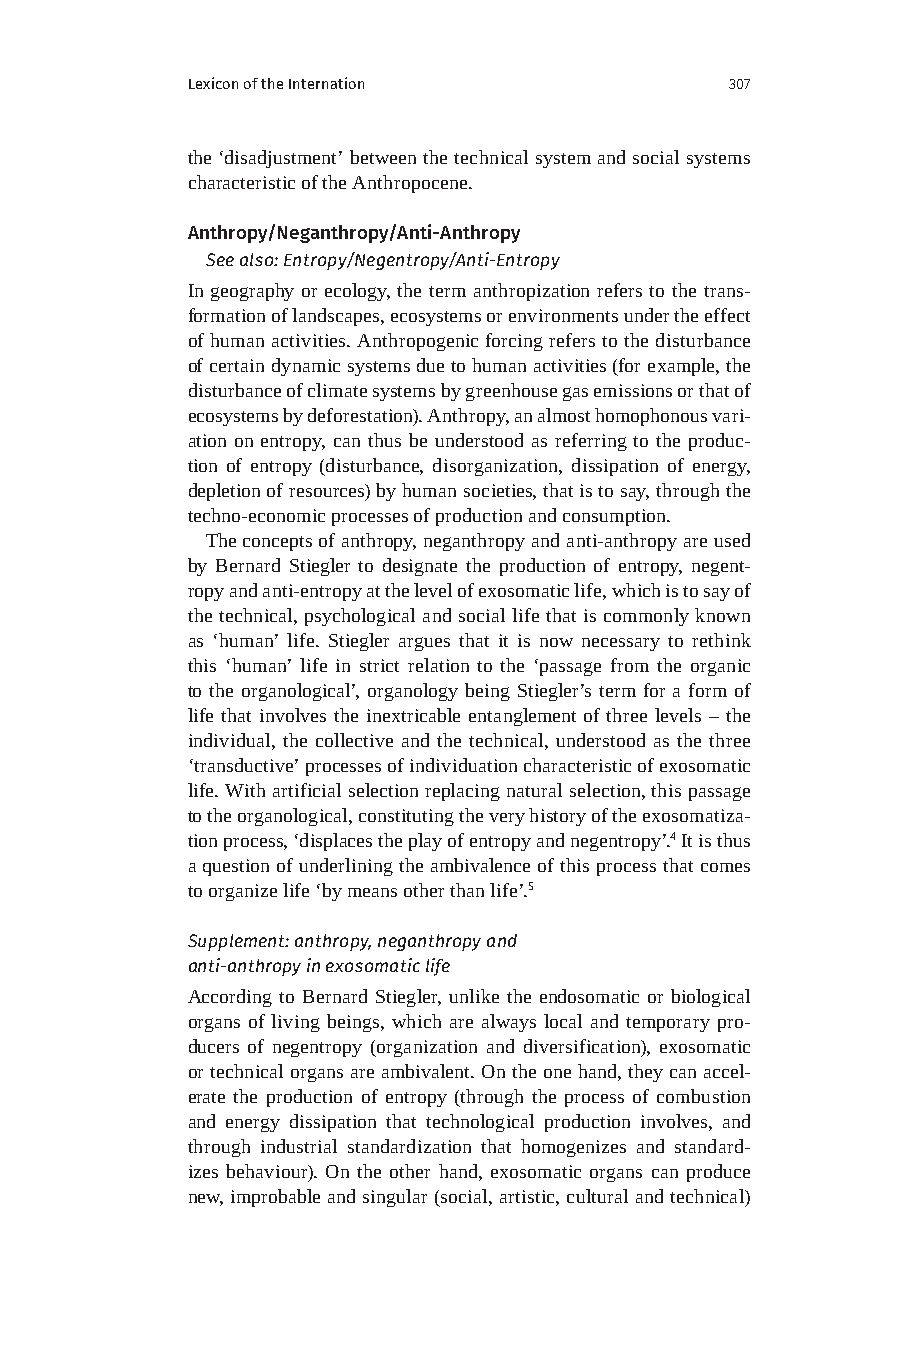
Lexicon of the Internation          307
 the ‘disadjustment’ between the technical system and social systems
 characteristic of the Anthropocene.
 Anthropy/Neganthropy/Anti-Anthropy
 See also: Entropy/Negentropy/Anti-Entropy
 In geography or ecology, the term anthropization refers to the trans-
 formation of landscapes, ecosystems or environments under the effect
 of human activities. Anthropogenic forcing refers to the disturbance
 of certain dynamic systems due to human activities (for example, the
 disturbance of climate systems by greenhouse gas emissions or that of
 ecosystems by deforestation). Anthropy, an almost homophonous vari-
 ation on entropy, can thus be understood as referring to the produc-
 tion of entropy (disturbance, disorganization, dissipation of energy,
 depletion of resources) by human societies, that is to say, through the
 techno-economic processes of production and consumption.
 The concepts of anthropy, neganthropy and anti-anthropy are used
 by Bernard Stiegler to designate the production of entropy, negent-
 ropy and anti-entropy at the level of exosomatic life, which is to say of
 the technical, psychological and social life that is commonly known
 as ‘human’ life. Stiegler argues that it is now necessary to rethink
 this ‘human’ life in strict relation to the ‘passage from the organic
 to the organological’, organology being Stiegler’s term for a form of
 life that involves the inextricable entanglement of three levels – the
 individual, the collective and the technical, understood as the three
 ‘transductive’ processes of individuation characteristic of exosomatic
 life. With artificial selection replacing natural selection, this passage
 to the organological, constituting the very history of the exosomatiza-
 tion process, ‘displaces the play of entropy and negentropy’.4 It is thus
 a question of underlining the ambivalence of this process that comes
 to organize life ‘by means other than life’.5
 Supplement: anthropy, neganthropy and
 anti-anthropy in exosomatic life
 According to Bernard Stiegler, unlike the endosomatic or biological
 organs of living beings, which are always local and temporary pro-
 ducers of negentropy (organization and diversification), exosomatic
 or technical organs are ambivalent. On the one hand, they can accel-
 erate the production of entropy (through the process of combustion
 and energy dissipation that technological production involves, and
 through industrial standardization that homogenizes and standard-
 izes behaviour). On the other hand, exosomatic organs can produce
 new, improbable and singular (social, artistic, cultural and technical)